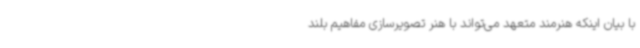
با بیان اینکه هنرمند متعهد می‌تواند با هنر تصویرسازی مفاهیم بلند